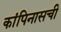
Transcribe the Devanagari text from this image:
कांपिनासची